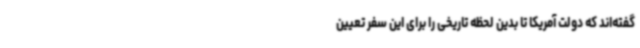
گفته‌اند که دولت آمریکا تا بدین لحظه تاریخی را برای این سفر تعیین